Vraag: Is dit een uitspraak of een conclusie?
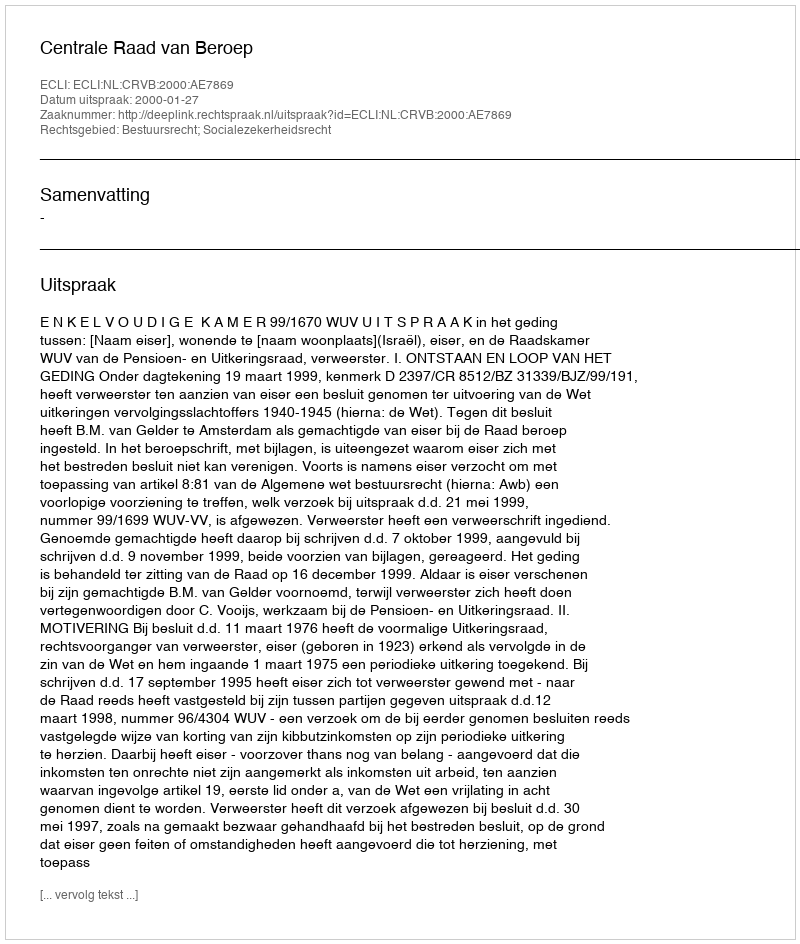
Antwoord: Uitspraak